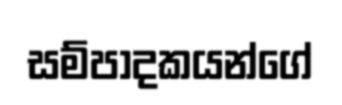
සම්පාදකයන්ගේ